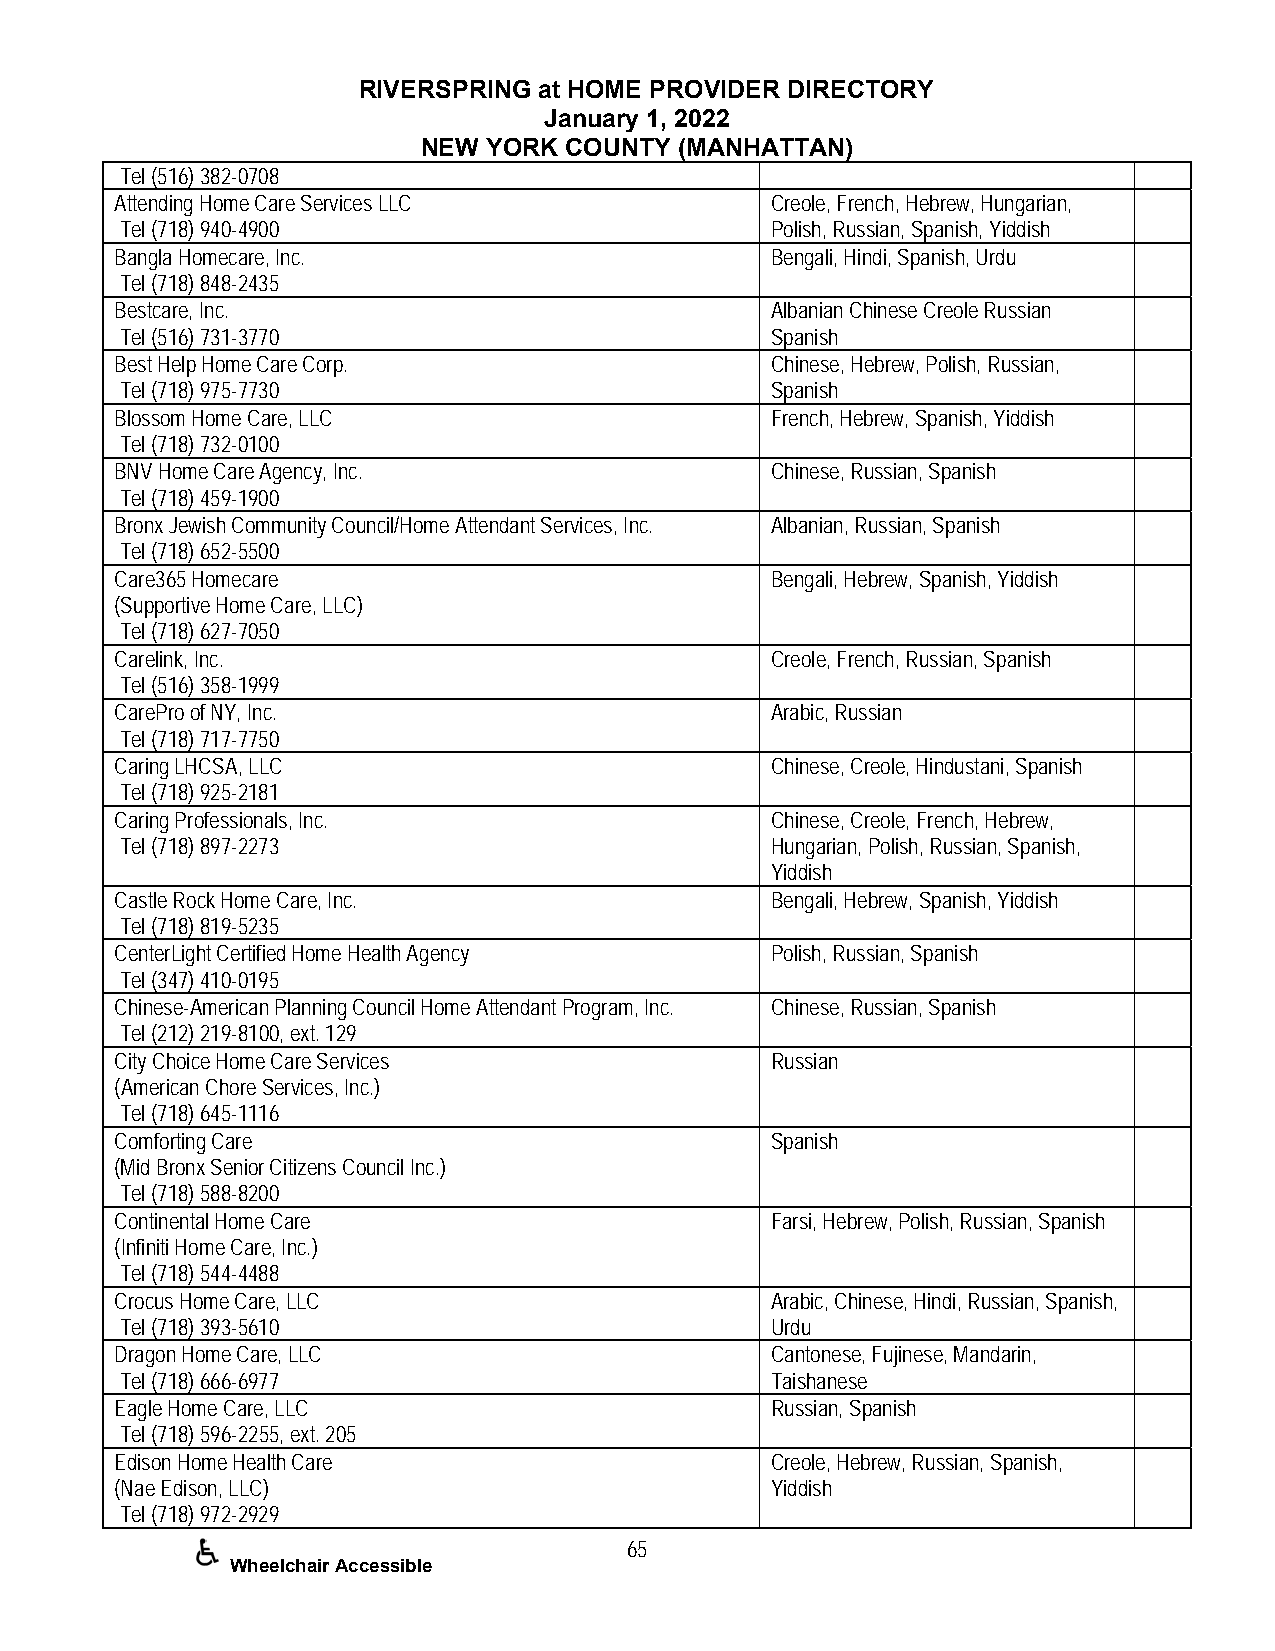
RIVERSPRING at HOME PROVIDER DIRECTORY
 January 1, 2022
 NEW YORK COUNTY  (MANHATTAN)
 Tel (516) 382-0708
 Attending Home Care Services LLC           Creole, French, Hebrew, Hungarian,
 Tel (718) 940-4900                         Polish, Russian, Spanish, Yiddish
 Bangla Homecare, Inc.                      Bengali, Hindi, Spanish, Urdu
 Tel (718) 848-2435
 Bestcare, Inc.                             Albanian Chinese Creole Russian
 Tel (516) 731-3770                         Spanish
 Best Help Home Care Corp.                  Chinese, Hebrew, Polish, Russian,
 Tel (718) 975-7730                         Spanish
 Blossom Home Care, LLC                     French, Hebrew, Spanish, Yiddish
 Tel (718) 732-0100
 BNV Home Care Agency, Inc.                 Chinese, Russian, Spanish
 Tel (718) 459-1900
 Bronx Jewish Community Council/Home Attendant Services, Inc. Albanian, Russian, Spanish
 Tel (718) 652-5500
 Care365 Homecare                           Bengali, Hebrew, Spanish, Yiddish
 (Supportive Home Care, LLC)
 Tel (718) 627-7050
 Carelink, Inc.                             Creole, French, Russian, Spanish
 Tel (516) 358-1999
 CarePro of NY, Inc.                        Arabic, Russian
 Tel (718) 717-7750
 Caring LHCSA, LLC                          Chinese, Creole, Hindustani, Spanish
 Tel (718) 925-2181
 Caring Professionals, Inc.                 Chinese, Creole, French, Hebrew,
 Tel (718) 897-2273                         Hungarian, Polish, Russian, Spanish,
 Yiddish
 Castle Rock Home Care, Inc.                Bengali, Hebrew, Spanish, Yiddish
 Tel (718) 819-5235
 CenterLight Certified Home Health Agency   Polish, Russian, Spanish
 Tel (347) 410-0195
 Chinese-American Planning Council Home Attendant Program, Inc. Chinese, Russian, Spanish
 Tel (212) 219-8100, ext. 129
 City Choice Home Care Services             Russian
 (American Chore Services, Inc.)
 Tel (718) 645-1116
 Comforting Care                            Spanish
 (Mid Bronx Senior Citizens Council Inc.)
 Tel (718) 588-8200
 Continental Home Care                      Farsi, Hebrew, Polish, Russian, Spanish
 (Infiniti Home Care, Inc.)
 Tel (718) 544-4488
 Crocus Home Care, LLC                      Arabic, Chinese, Hindi, Russian, Spanish,
 Tel (718) 393-5610                         Urdu
 Dragon Home Care, LLC                      Cantonese, Fujinese, Mandarin,
 Tel (718) 666-6977                         Taishanese
 Eagle Home Care, LLC                       Russian, Spanish
 Tel (718) 596-2255, ext. 205
 Edison Home Health Care                    Creole, Hebrew, Russian, Spanish,
 (Nae Edison, LLC)                          Yiddish
 Tel (718) 972-2929
 65
 Wheelchair Accessible